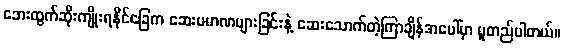
ဘေးထွက်ဆိုးကျိုးရနိုင်ခြေက ဆေးပမာဏများခြင်းနဲ့ ဆေးသောက်တဲ့ကြာချိန်အပေါ်မှာ မူတည်ပါတယ်။